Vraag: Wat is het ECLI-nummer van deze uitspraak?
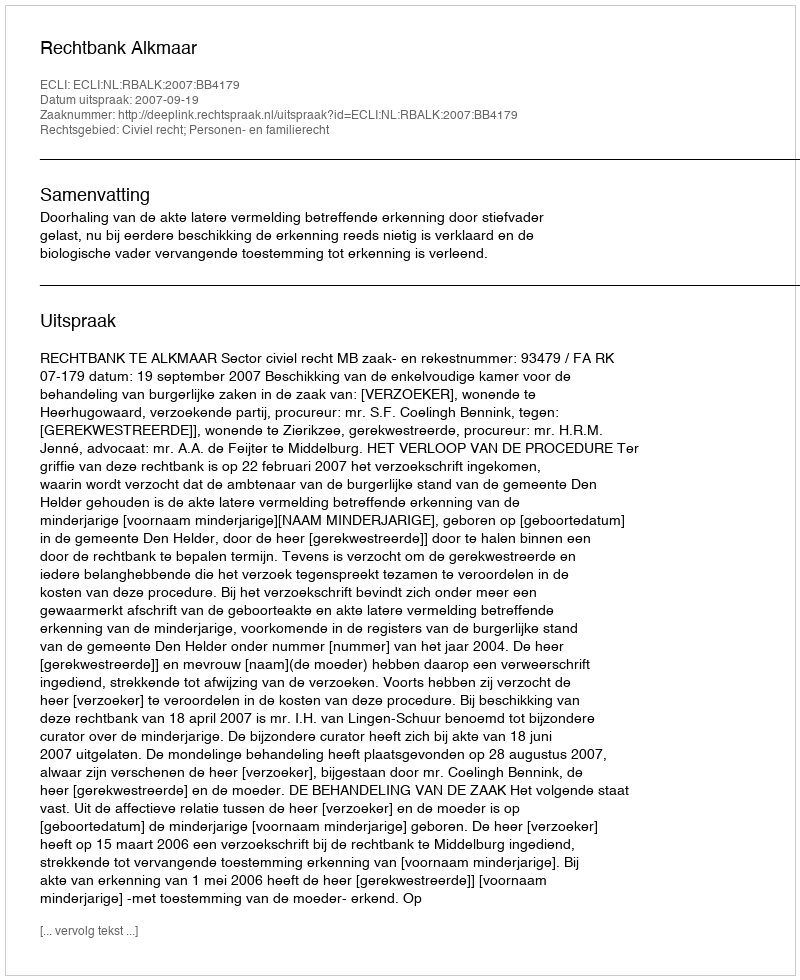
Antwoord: ECLI:NL:RBALK:2007:BB4179